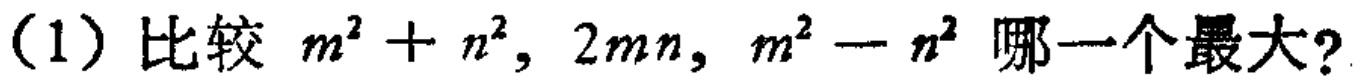
(1) 比较 \(m^{2}+n^{2},2mn,m^{2}-n^{2}\) 哪一个最大？